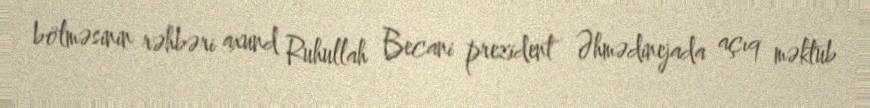
bölməsinin rəhbəri axund Ruhullah Becani prezident Əhmədinejada açıq məktub